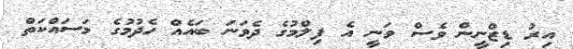
އިރު ޑިޒްނީން ވެސް ވަނީ އެ ފިލްމުގެ ދެވަނަ ބައެއް ހެދުމުގެ މަސައްކަތް